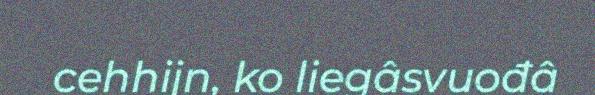
cehhijn, ko liegâsvuođâ